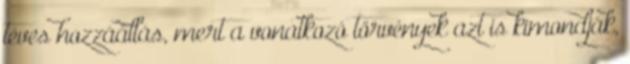
téves hozzáállás, mert a vonatkozó törvények azt is kimondják,